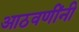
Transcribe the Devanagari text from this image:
आठवणींनी